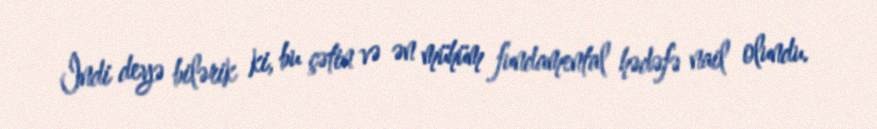
İndi deyə bilərik ki, bu çətin və ən mühüm fundamental hədəfə nail olundu.